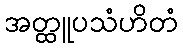
အတ္ထူပသံဟိတံ